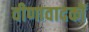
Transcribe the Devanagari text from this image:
वीणावादकों